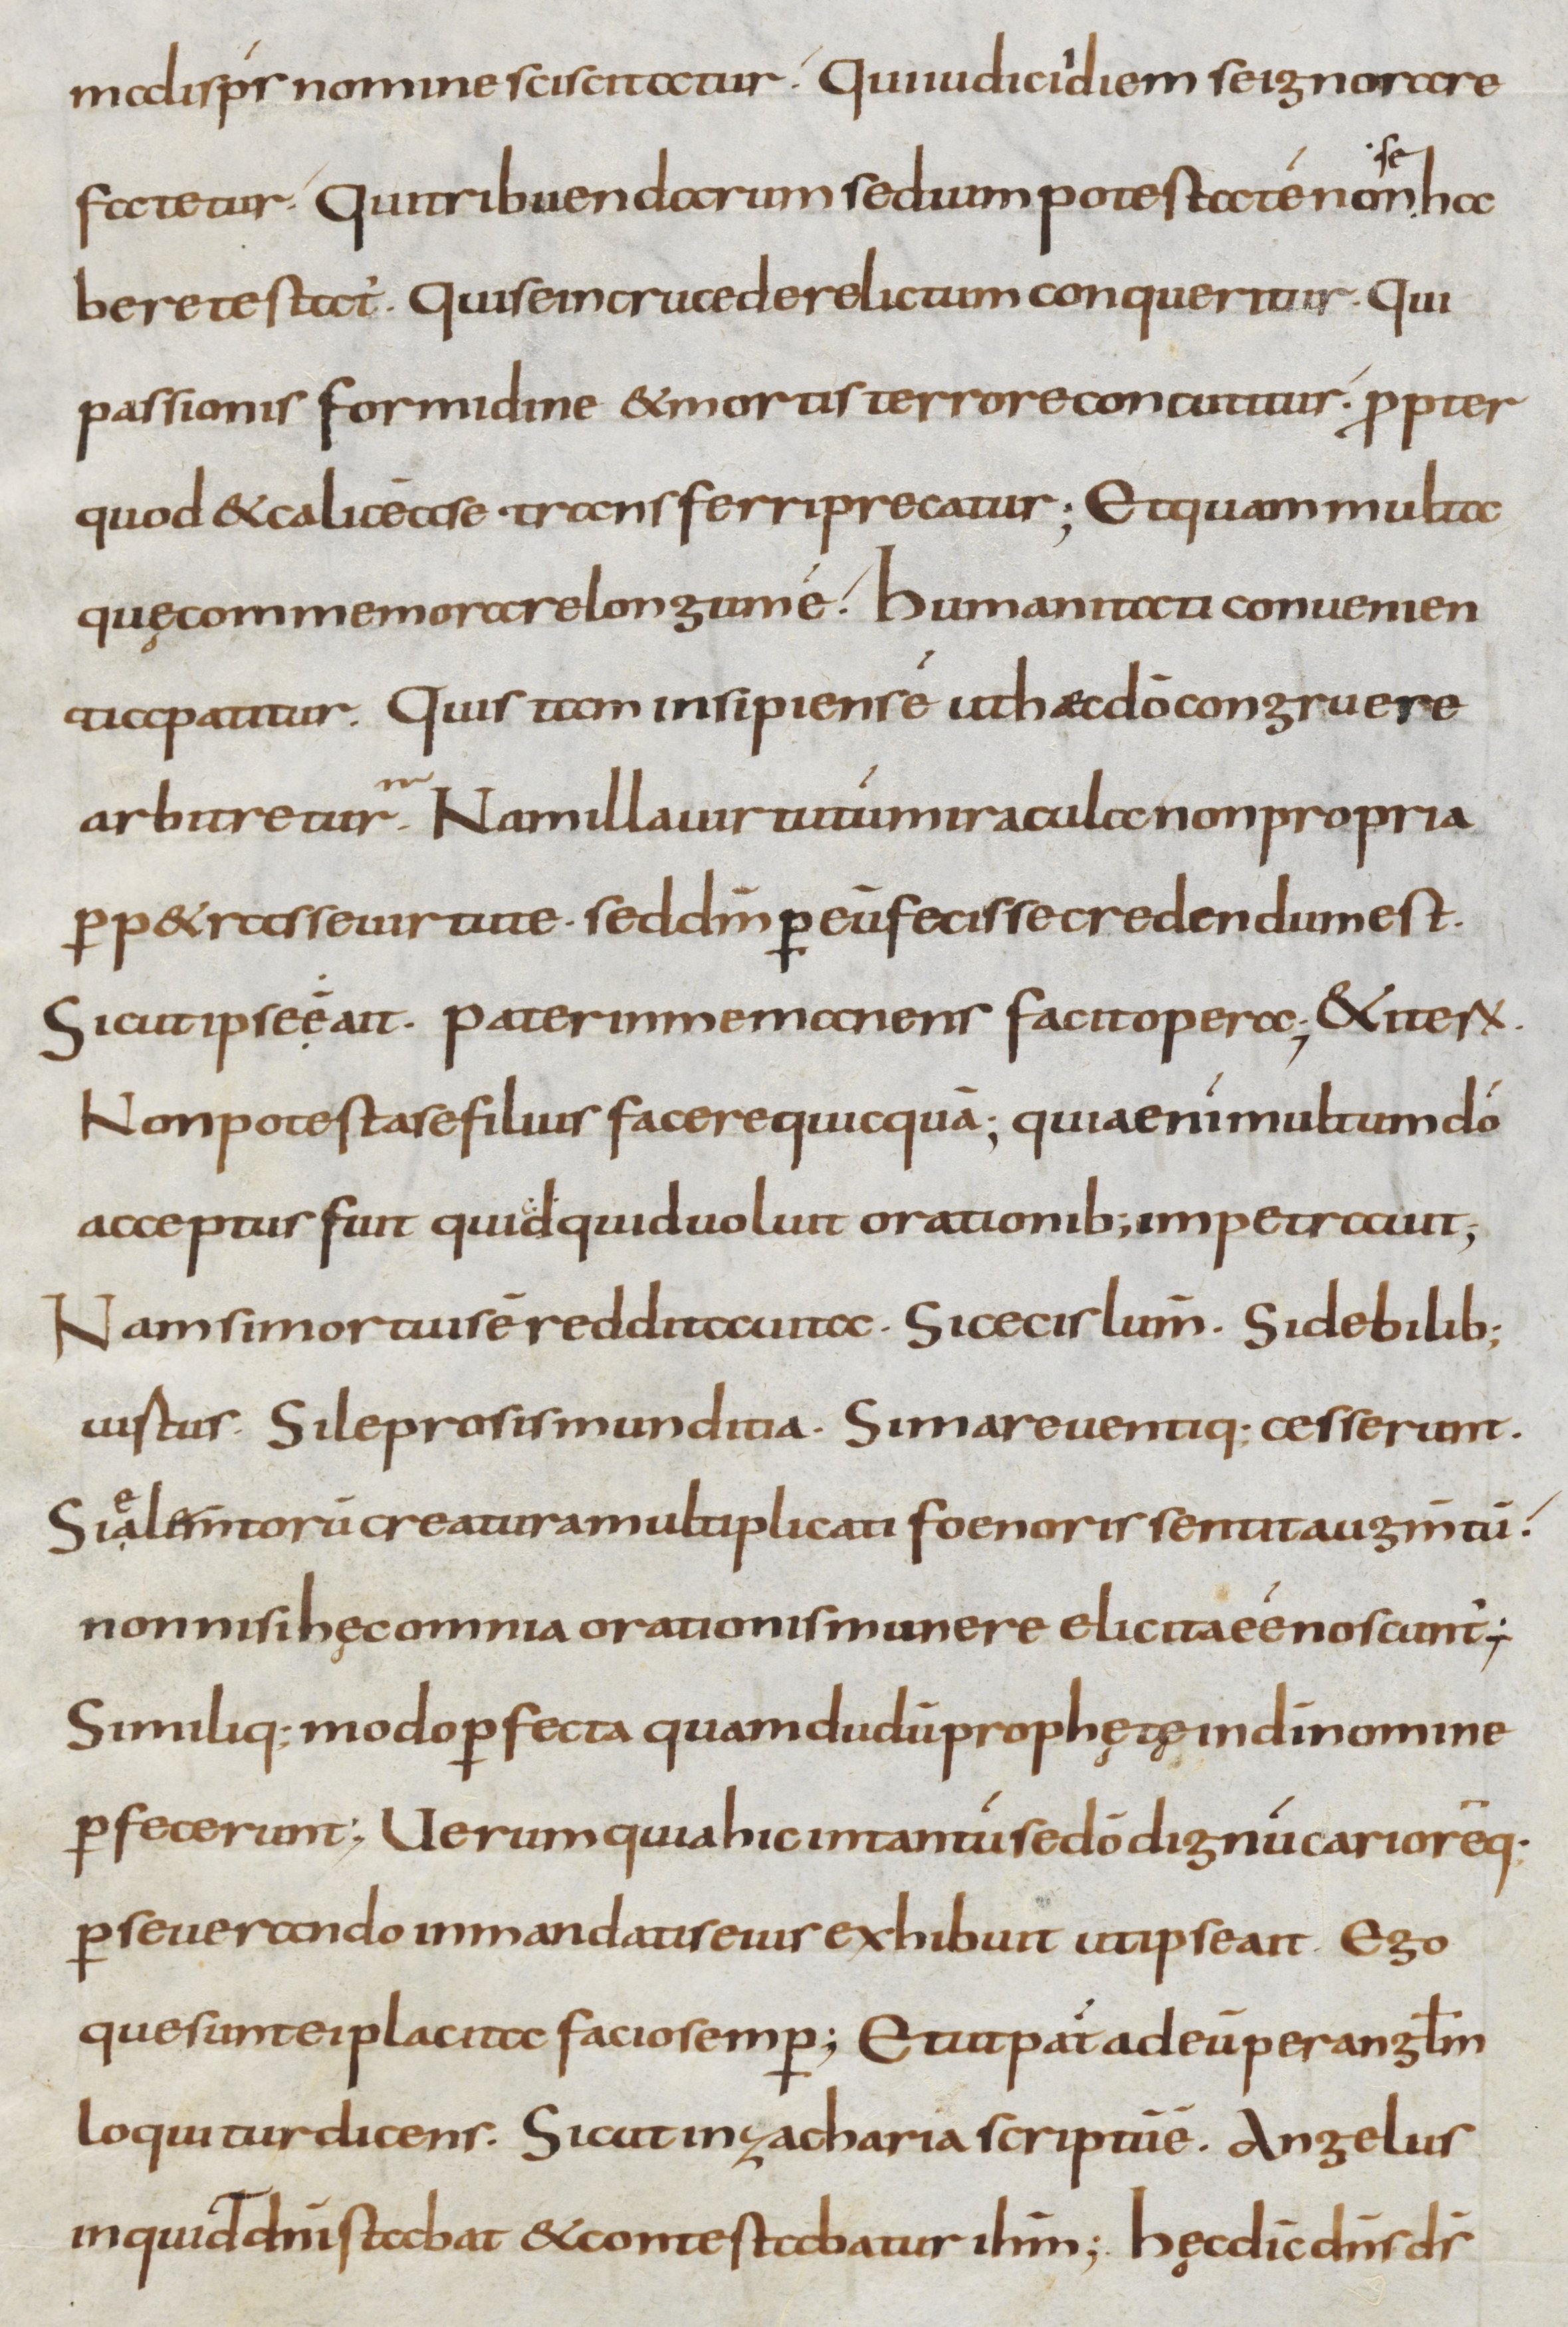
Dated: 800–899